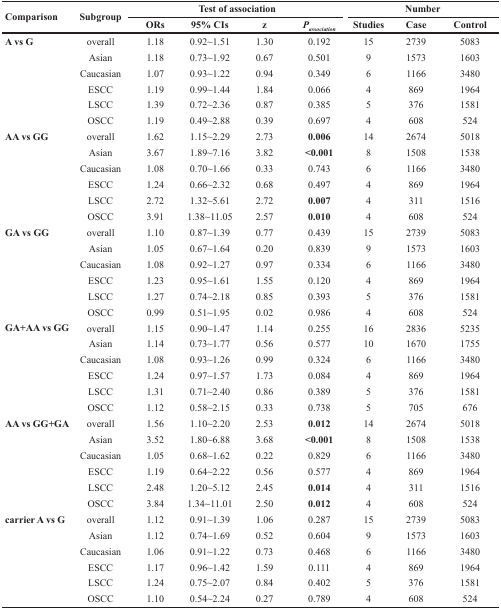
<table><thead><tr><td rowspan="2"><b>Comparison</b></td><td rowspan="2"><b>Subgroup</b></td><td colspan="4"><b>Test of association</b></td><td colspan="3"><b>Number</b></td></tr><tr><td><b>ORs</b></td><td><b>95% CIs</b></td><td><b>z</b></td><td><b><i>P<sub>association</sub></i></b></td><td><b>Studies</b></td><td><b>Case</b></td><td><b>Control</b></td></tr></thead><tbody><tr><td><b>A vs G</b></td><td>overall</td><td>1.18</td><td>0.92∼1.51</td><td>1.30</td><td>0.192</td><td>15</td><td>2739</td><td>5083</td></tr><tr><td></td><td>Asian</td><td>1.18</td><td>0.73∼1.92</td><td>0.67</td><td>0.501</td><td>9</td><td>1573</td><td>1603</td></tr><tr><td></td><td>Caucasian</td><td>1.07</td><td>0.93∼1.22</td><td>0.94</td><td>0.349</td><td>6</td><td>1166</td><td>3480</td></tr><tr><td></td><td>ESCC</td><td>1.19</td><td>0.99∼1.44</td><td>1.84</td><td>0.066</td><td>4</td><td>869</td><td>1964</td></tr><tr><td></td><td>LSCC</td><td>1.39</td><td>0.72∼2.36</td><td>0.87</td><td>0.385</td><td>5</td><td>376</td><td>1581</td></tr><tr><td></td><td>OSCC</td><td>1.19</td><td>0.49∼2.88</td><td>0.39</td><td>0.697</td><td>4</td><td>608</td><td>524</td></tr><tr><td><b>AA vs GG</b></td><td>overall</td><td>1.62</td><td>1.15∼2.29</td><td>2.73</td><td><b>0.006</b></td><td>14</td><td>2674</td><td>5018</td></tr><tr><td></td><td>Asian</td><td>3.67</td><td>1.89∼7.16</td><td>3.82</td><td><b>&lt;0.001</b></td><td>8</td><td>1508</td><td>1538</td></tr><tr><td></td><td>Caucasian</td><td>1.08</td><td>0.70∼1.66</td><td>0.33</td><td>0.743</td><td>6</td><td>1166</td><td>3480</td></tr><tr><td></td><td>ESCC</td><td>1.24</td><td>0.66∼2.32</td><td>0.68</td><td>0.497</td><td>4</td><td>869</td><td>1964</td></tr><tr><td></td><td>LSCC</td><td>2.72</td><td>1.32∼5.61</td><td>2.72</td><td><b>0.007</b></td><td>4</td><td>311</td><td>1516</td></tr><tr><td></td><td>OSCC</td><td>3.91</td><td>1.38∼11.05</td><td>2.57</td><td><b>0.010</b></td><td>4</td><td>608</td><td>524</td></tr><tr><td><b>GA vs GG</b></td><td>overall</td><td>1.10</td><td>0.87∼1.39</td><td>0.77</td><td>0.439</td><td>15</td><td>2739</td><td>5083</td></tr><tr><td></td><td>Asian</td><td>1.05</td><td>0.67∼1.64</td><td>0.20</td><td>0.839</td><td>9</td><td>1573</td><td>1603</td></tr><tr><td></td><td>Caucasian</td><td>1.08</td><td>0.92∼1.27</td><td>0.97</td><td>0.334</td><td>6</td><td>1166</td><td>3480</td></tr><tr><td></td><td>ESCC</td><td>1.23</td><td>0.95∼1.61</td><td>1.55</td><td>0.120</td><td>4</td><td>869</td><td>1964</td></tr><tr><td></td><td>LSCC</td><td>1.27</td><td>0.74∼2.18</td><td>0.85</td><td>0.393</td><td>5</td><td>376</td><td>1581</td></tr><tr><td></td><td>OSCC</td><td>0.99</td><td>0.51∼1.95</td><td>0.02</td><td>0.986</td><td>4</td><td>608</td><td>524</td></tr><tr><td><b>GA+AA vs GG</b></td><td>overall</td><td>1.15</td><td>0.90∼1.47</td><td>1.14</td><td>0.255</td><td>16</td><td>2836</td><td>5235</td></tr><tr><td></td><td>Asian</td><td>1.14</td><td>0.73∼1.77</td><td>0.56</td><td>0.577</td><td>10</td><td>1670</td><td>1755</td></tr><tr><td></td><td>Caucasian</td><td>1.08</td><td>0.93∼1.26</td><td>0.99</td><td>0.324</td><td>6</td><td>1166</td><td>3480</td></tr><tr><td></td><td>ESCC</td><td>1.24</td><td>0.97∼1.57</td><td>1.73</td><td>0.084</td><td>4</td><td>869</td><td>1964</td></tr><tr><td></td><td>LSCC</td><td>1.31</td><td>0.71∼2.40</td><td>0.86</td><td>0.389</td><td>5</td><td>376</td><td>1581</td></tr><tr><td></td><td>OSCC</td><td>1.12</td><td>0.58∼2.15</td><td>0.33</td><td>0.738</td><td>5</td><td>705</td><td>676</td></tr><tr><td><b>AA vs GG+GA</b></td><td>overall</td><td>1.56</td><td>1.10∼2.20</td><td>2.53</td><td><b>0.012</b></td><td>14</td><td>2674</td><td>5018</td></tr><tr><td></td><td>Asian</td><td>3.52</td><td>1.80∼6.88</td><td>3.68</td><td><b>&lt;0.001</b></td><td>8</td><td>1508</td><td>1538</td></tr><tr><td></td><td>Caucasian</td><td>1.05</td><td>0.68∼1.62</td><td>0.22</td><td>0.829</td><td>6</td><td>1166</td><td>3480</td></tr><tr><td></td><td>ESCC</td><td>1.19</td><td>0.64∼2.22</td><td>0.56</td><td>0.577</td><td>4</td><td>869</td><td>1964</td></tr><tr><td></td><td>LSCC</td><td>2.48</td><td>1.20∼5.12</td><td>2.45</td><td><b>0.014</b></td><td>4</td><td>311</td><td>1516</td></tr><tr><td></td><td>OSCC</td><td>3.84</td><td>1.34∼11.01</td><td>2.50</td><td><b>0.012</b></td><td>4</td><td>608</td><td>524</td></tr><tr><td><b>carrier A vs G</b></td><td>overall</td><td>1.12</td><td>0.91∼1.39</td><td>1.06</td><td>0.287</td><td>15</td><td>2739</td><td>5083</td></tr><tr><td></td><td>Asian</td><td>1.12</td><td>0.74∼1.69</td><td>0.52</td><td>0.604</td><td>9</td><td>1573</td><td>1603</td></tr><tr><td></td><td>Caucasian</td><td>1.06</td><td>0.91∼1.22</td><td>0.73</td><td>0.468</td><td>6</td><td>1166</td><td>3480</td></tr><tr><td></td><td>ESCC</td><td>1.17</td><td>0.96∼1.42</td><td>1.59</td><td>0.111</td><td>4</td><td>869</td><td>1964</td></tr><tr><td></td><td>LSCC</td><td>1.24</td><td>0.75∼2.07</td><td>0.84</td><td>0.402</td><td>5</td><td>376</td><td>1581</td></tr><tr><td></td><td>OSCC</td><td>1.10</td><td>0.54∼2.24</td><td>0.27</td><td>0.789</td><td>4</td><td>608</td><td>524</td></tr></tbody></table>